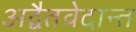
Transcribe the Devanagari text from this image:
अद्वैतवेदान्त